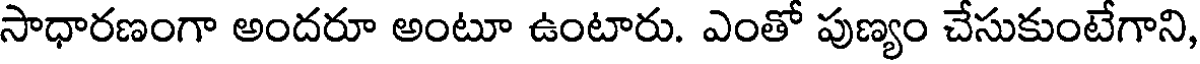
సాధారణంగా అందరూ అంటూ ఉంటారు. ఎంతో పుణ్యం చేసుకుంటేగాని,